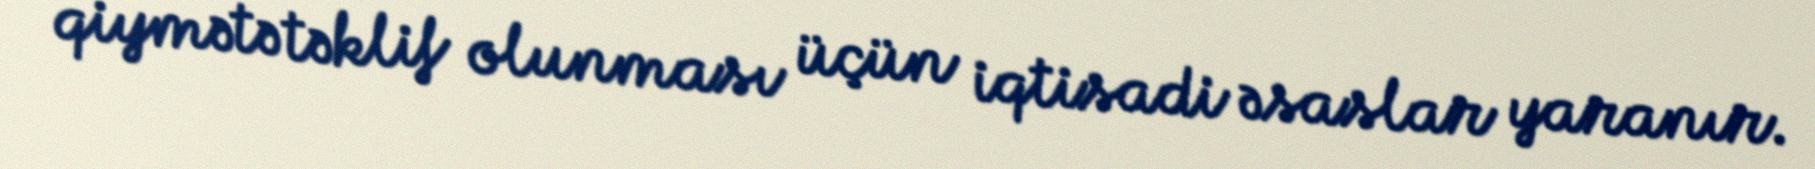
qiymətə təklif olunması üçün iqtisadi əsaslar yaranır.